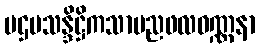
ပဌမသန္ဒိဋ္ဌိကသာမညဖလဝဏ္ဏနာ